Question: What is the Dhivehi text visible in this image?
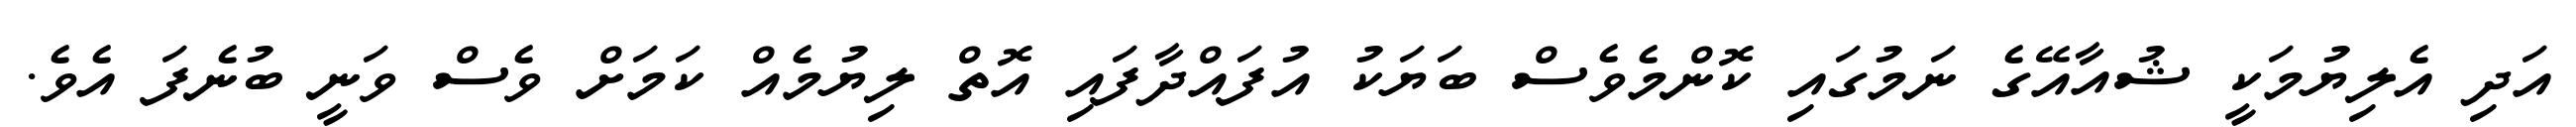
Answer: އަދި އެލިޔުމަކީ ޝުއާއޭގެ ނަމުގައި ކޮންމެވެސް ބަޔަކު އުފައްދާފައި އޮތް ލިޔުމެއް ކަމަށް ވެސް ވަނީ ބުނެފަ އެވެ.